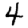
Digit: 4